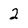
Character: 2